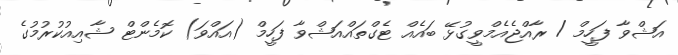
އަޝްވާ ފަހީމް / ރާއްޖެއެމްވީގުޅޭ ބައެއް ޓެގްތައްއަޝްވާ ފަހީމް (އައްވަ) ކޮމެންޓް ޝާއިއުކުރުމުގެ